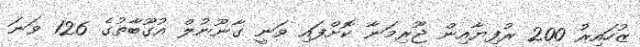
ޒުހައިރު 200 ރުފިޔާއިން ޖޫރިމަނާ ކޮށްފައި ވަނީ ގާނޫނުލް އުގޫބާތުގެ 126 ވަނަ